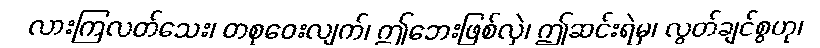
လားကြလတ်သေး၊ တစုဝေးလျက်၊ ဤဘေးဖြစ်လှဲ၊ ဤဆင်းရဲမှ၊ လွတ်ချင်စွဟု၊